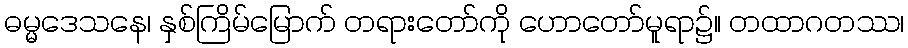
ဓမ္မဒေသနေ၊ နှစ်ကြိမ်မြောက် တရားတော်ကို ဟောတော်မူရာ၌။ တထာဂတဿ၊